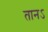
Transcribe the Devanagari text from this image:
तानऽ